King Institute of Preventive Medicine Micro-Biological Section reports 1909-11
Year: 1909
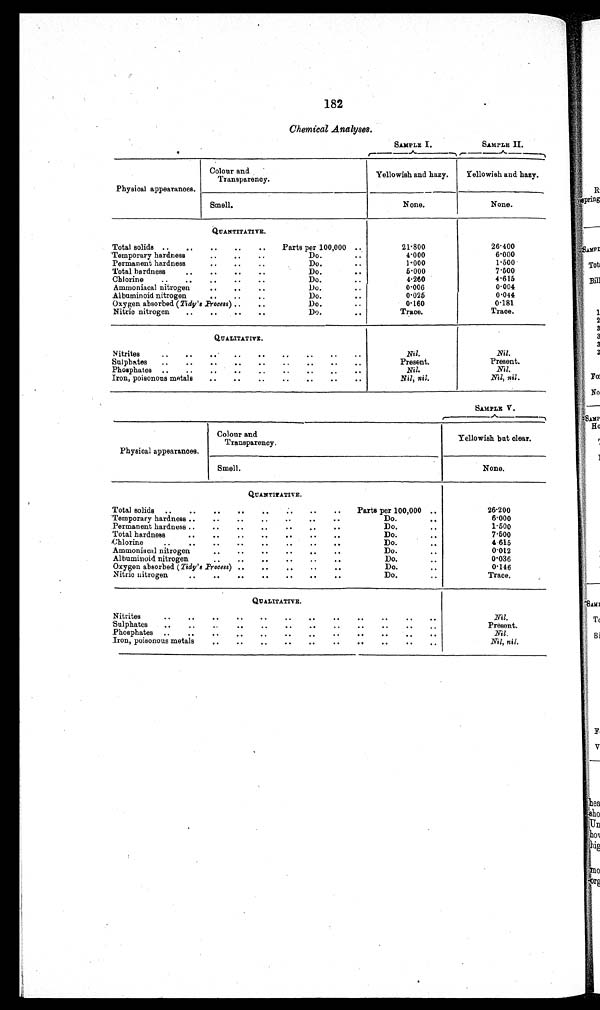
182
Chemical Analyses.
SAMPLE I.
SAMPLE II.
Physical appearances.
Colour and
Transparency.
Yellowish and hazy.
Yellowish and hazy.
Smell.
None.
None.
QUANTITATIVE.
Total solids
Parts per 100,000
21·800
26·400
Temporary hardness
Do.
4·000
6·000
Permanent hardness
Do.
1·000
1·500
Total hardness
Do.
5·000
7 · 5 0 0
Chlorine
Do.
4·260
4·615
Ammoniacal nitrogen
Do
0·00
6
0·004
Albuminoid nitrogen
Do.
0·025
0·044
Oxygen absorbed ( Tidy's Process )
Do.
0·160
0·181
Nitric nitrogen
Do.
Trace.
Trace.
QUALITATIVE.
Nitrites
Nil.
Nil.
Sulphates
Present.
Present.
Phosphates
Nil.
Nil.
Iron, poisonous metals
Nil, nil.
Nil, nil .
SAMPLE V.
Physical appearances.
Colour and
Transparency.
Yellowish but clear.
Smell.
None.
QUANTITATIVE.
Total solids
Parts per 100,000
26·200
Temporary hardness
Do.
6·000
Permanent hardness
Do.
1·500
Total hardness
Do.
7·500
Chlorine
Do.
4·615
Ammoniacal nitrogen
Do.
0 · 0 1 2
Albuminoid nitrogen
Do.
0·036
Oxygen absorbed ( Tidy's Process)
Do.
0·146
Nitric nitrogen
Do.
Trace.
QUALITATIVE.
Nitrites
Nil.
Sulphates
Present.
Phosphates
Nil .
Iron, poisonous metals
Nil, nil.